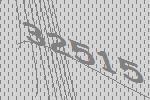
32515